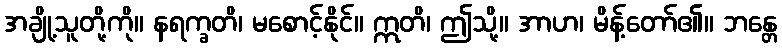
အချို့သူတို့ကို။ နရက္ခတိ၊ မစောင့်နိုင်။ ဣတိ၊ ဤသို့။ အာဟ၊ မိန့်တော်၏။ ဘန္တေ